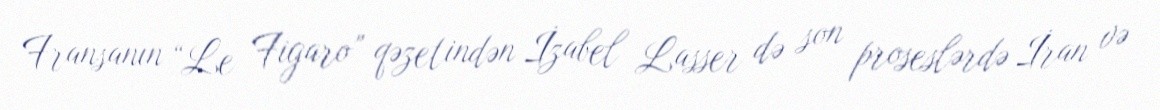
Fransanın “Le Figaro” qəzetindən İzabel Lasser də son proseslərdə İran və